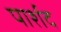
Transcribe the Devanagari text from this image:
पार्शद